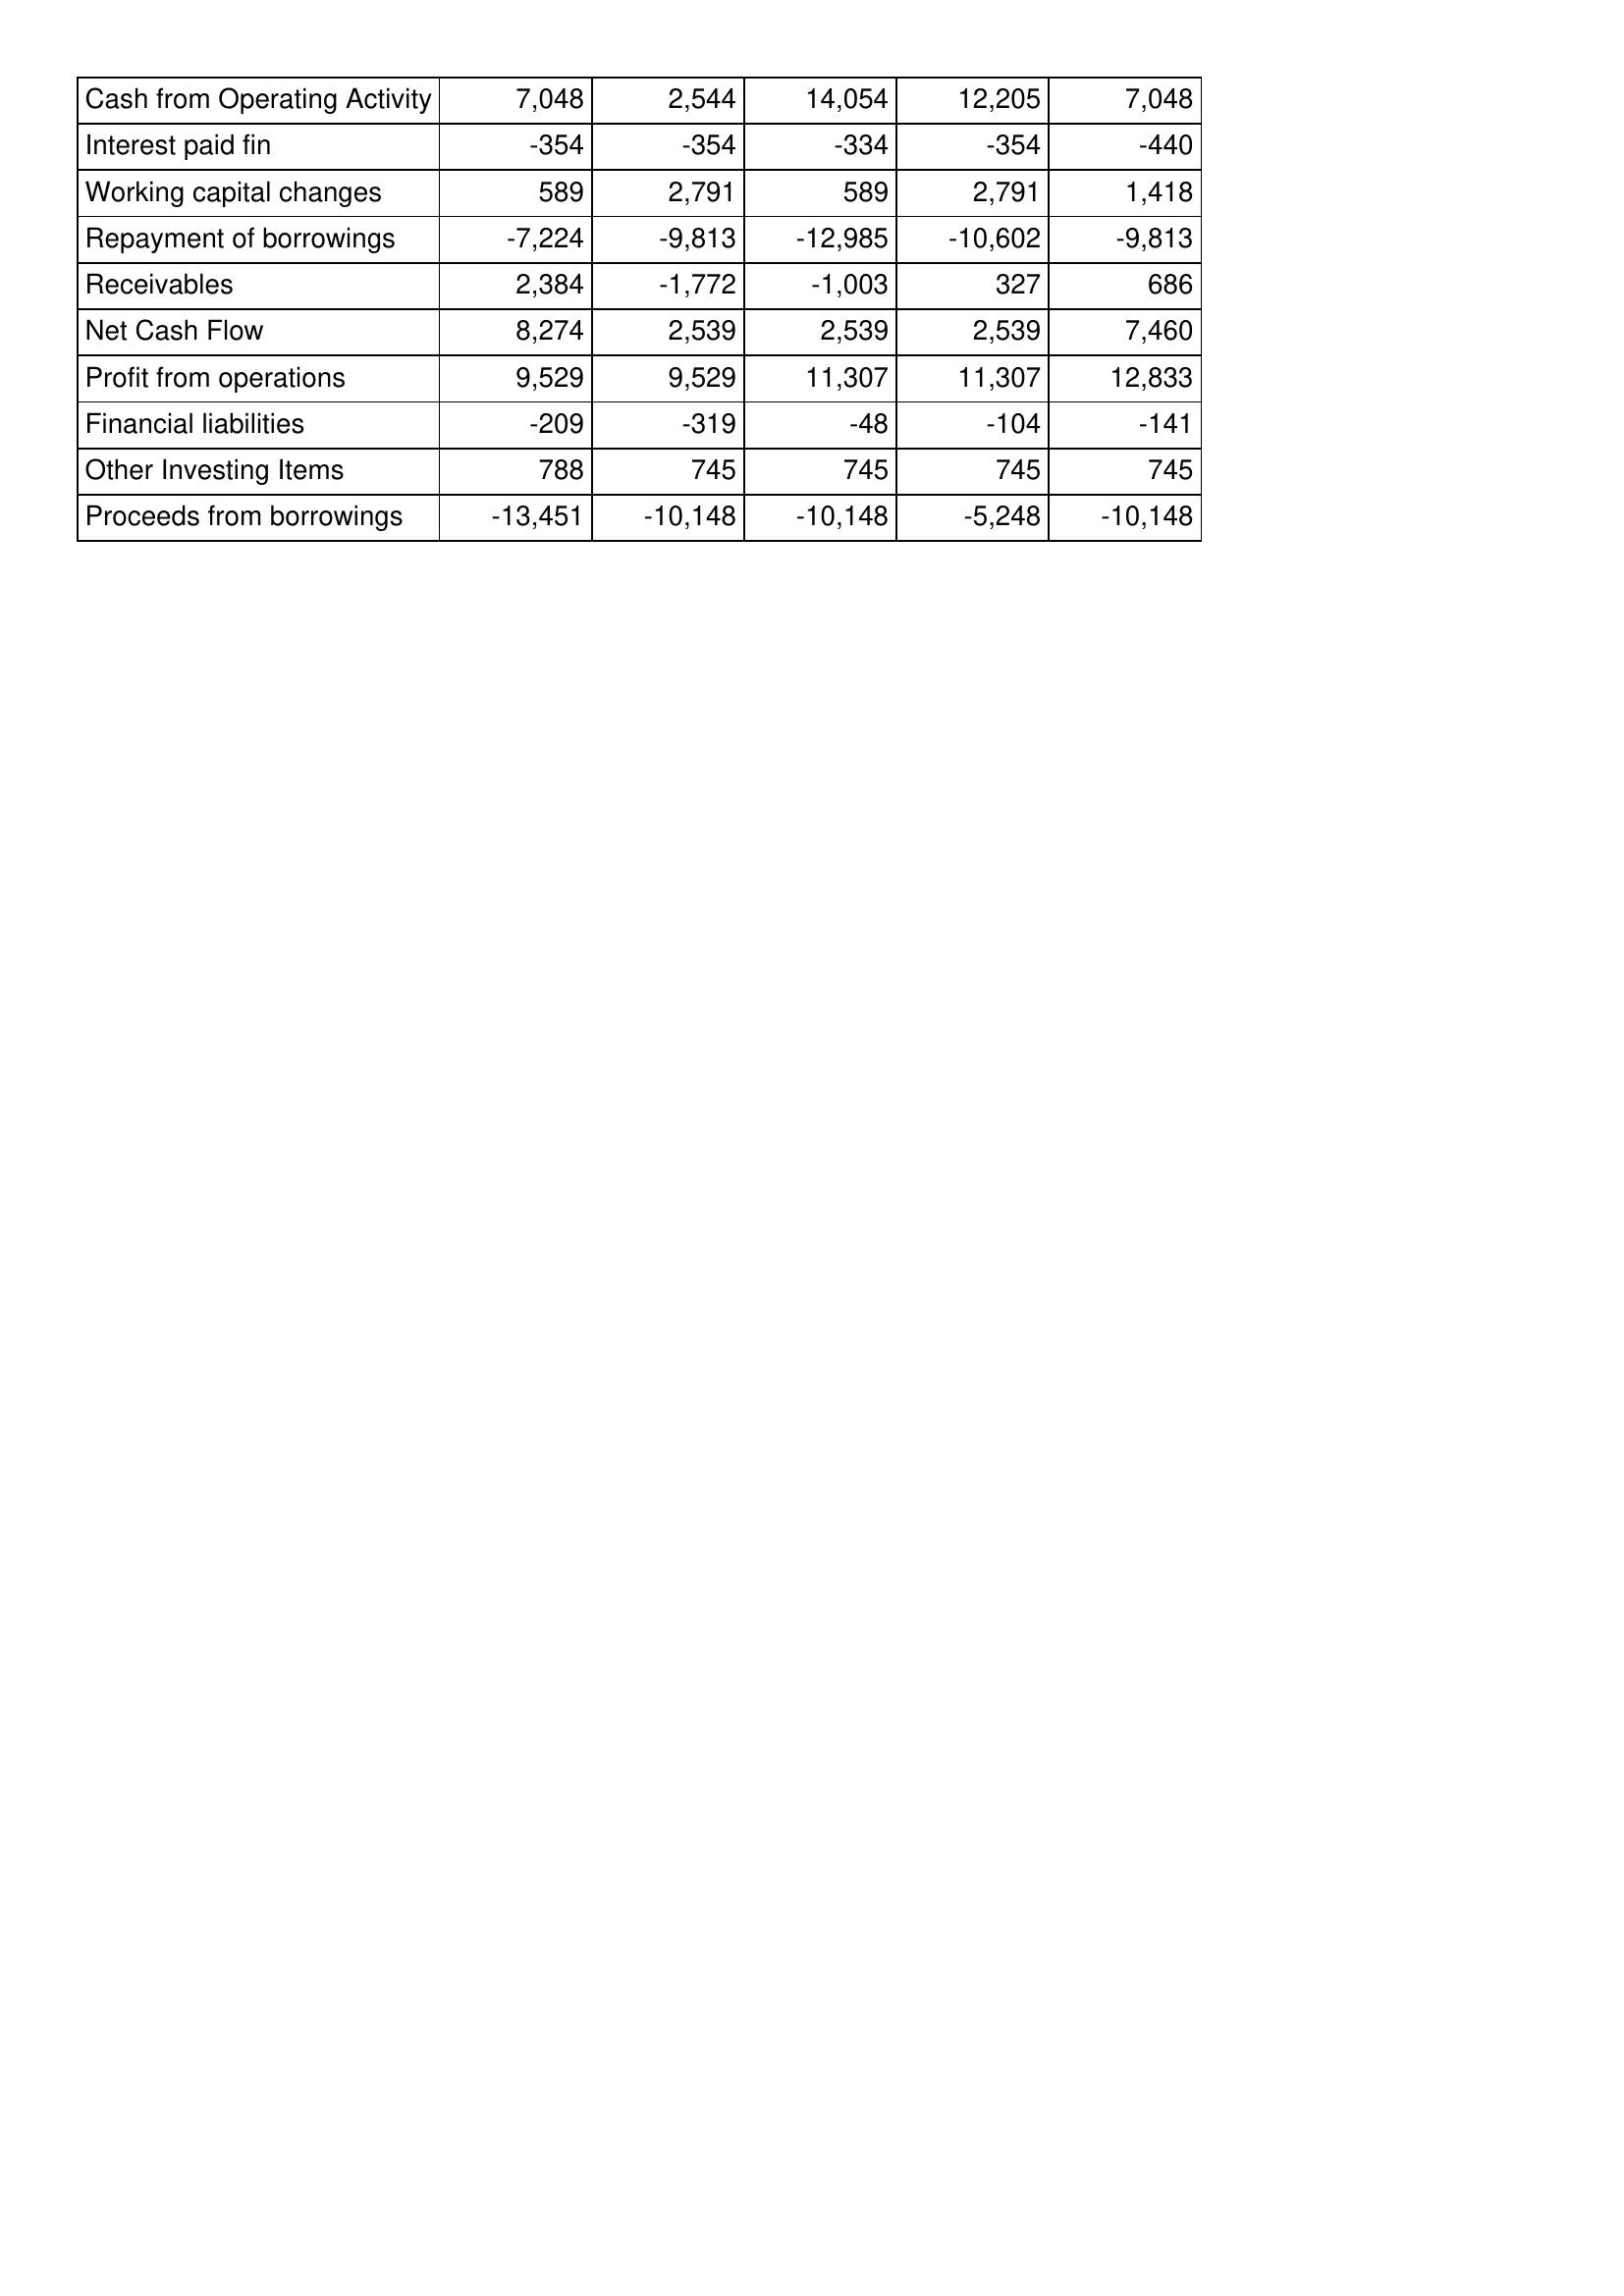
May-11: Cash Flows: Cash from Operating Activity: 7,048
Interest paid fin: -354
Working capital changes: 589
Repayment of borrowings: -7,224
Receivables: 2,384
Net Cash Flow: 8,274
Profit from operations: 9,529
Financial liabilities: -209
Other Investing Items: 788
Proceeds from borrowings: -13,451
May-12: Cash Flows: Cash from Operating Activity: 2,544
Interest paid fin: -354
Working capital changes: 2,791
Repayment of borrowings: -9,813
Receivables: -1,772
Net Cash Flow: 2,539
Profit from operations: 9,529
Financial liabilities: -319
Other Investing Items: 745
Proceeds from borrowings: -10,148
May-13: Cash Flows: Cash from Operating Activity: 14,054
Interest paid fin: -334
Working capital changes: 589
Repayment of borrowings: -12,985
Receivables: -1,003
Net Cash Flow: 2,539
Profit from operations: 11,307
Financial liabilities: -48
Other Investing Items: 745
Proceeds from borrowings: -10,148
May-14: Cash Flows: Cash from Operating Activity: 12,205
Interest paid fin: -354
Working capital changes: 2,791
Repayment of borrowings: -10,602
Receivables: 327
Net Cash Flow: 2,539
Profit from operations: 11,307
Financial liabilities: -104
Other Investing Items: 745
Proceeds from borrowings: -5,248
May-15: Cash Flows: Cash from Operating Activity: 7,048
Interest paid fin: -440
Working capital changes: 1,418
Repayment of borrowings: -9,813
Receivables: 686
Net Cash Flow: 7,460
Profit from operations: 12,833
Financial liabilities: -141
Other Investing Items: 745
Proceeds from borrowings: -10,148